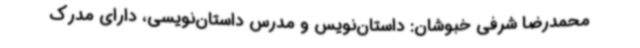
محمدرضا شرفی خبوشان: داستان‌نویس و مدرس داستان‌نویسی، دارای مدرک